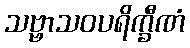
သဗ္ဗာသဝပရိက္ခီဏံ